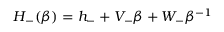
H _ { - } ( \beta ) = h _ { - } + V _ { - } \beta + W _ { - } \beta ^ { - 1 }